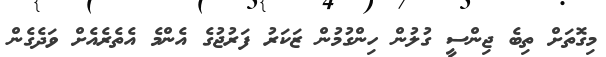
މިގޮތަށް ތިބެ ޖިންސީ ގުލުން ހިންގުމުން ޒަކަރު ފަރުޖުގެ އެންމެ އެތެރެއެށް ވަދެގެން